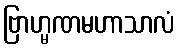
ဗြာဟ္မဏမဟာသာလံ